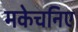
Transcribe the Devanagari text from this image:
मकेचनिए